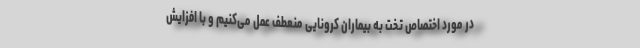
در مورد اختصاص تخت به بیماران کرونایی منعطف عمل می‌کنیم و با افزایش